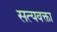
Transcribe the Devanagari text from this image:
सत्यवक्ता